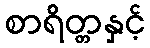
စာရိတ္တနှင့်